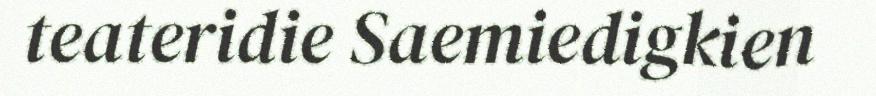
teateridie Saemiedigkien